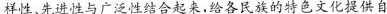
样性、先进性与广泛性结合起来，给各民族的特色文化提供自